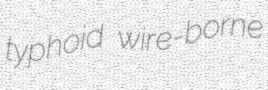
typhoid wire-borne